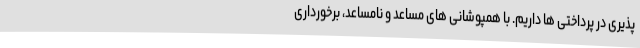
پذیری در پرداختی ها داریم. با همپوشانی های مساعد و نامساعد، برخورداری